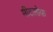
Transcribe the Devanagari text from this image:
मीटलोफ़